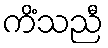
ကိံသညီ